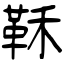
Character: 鞂